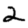
Digit: 2